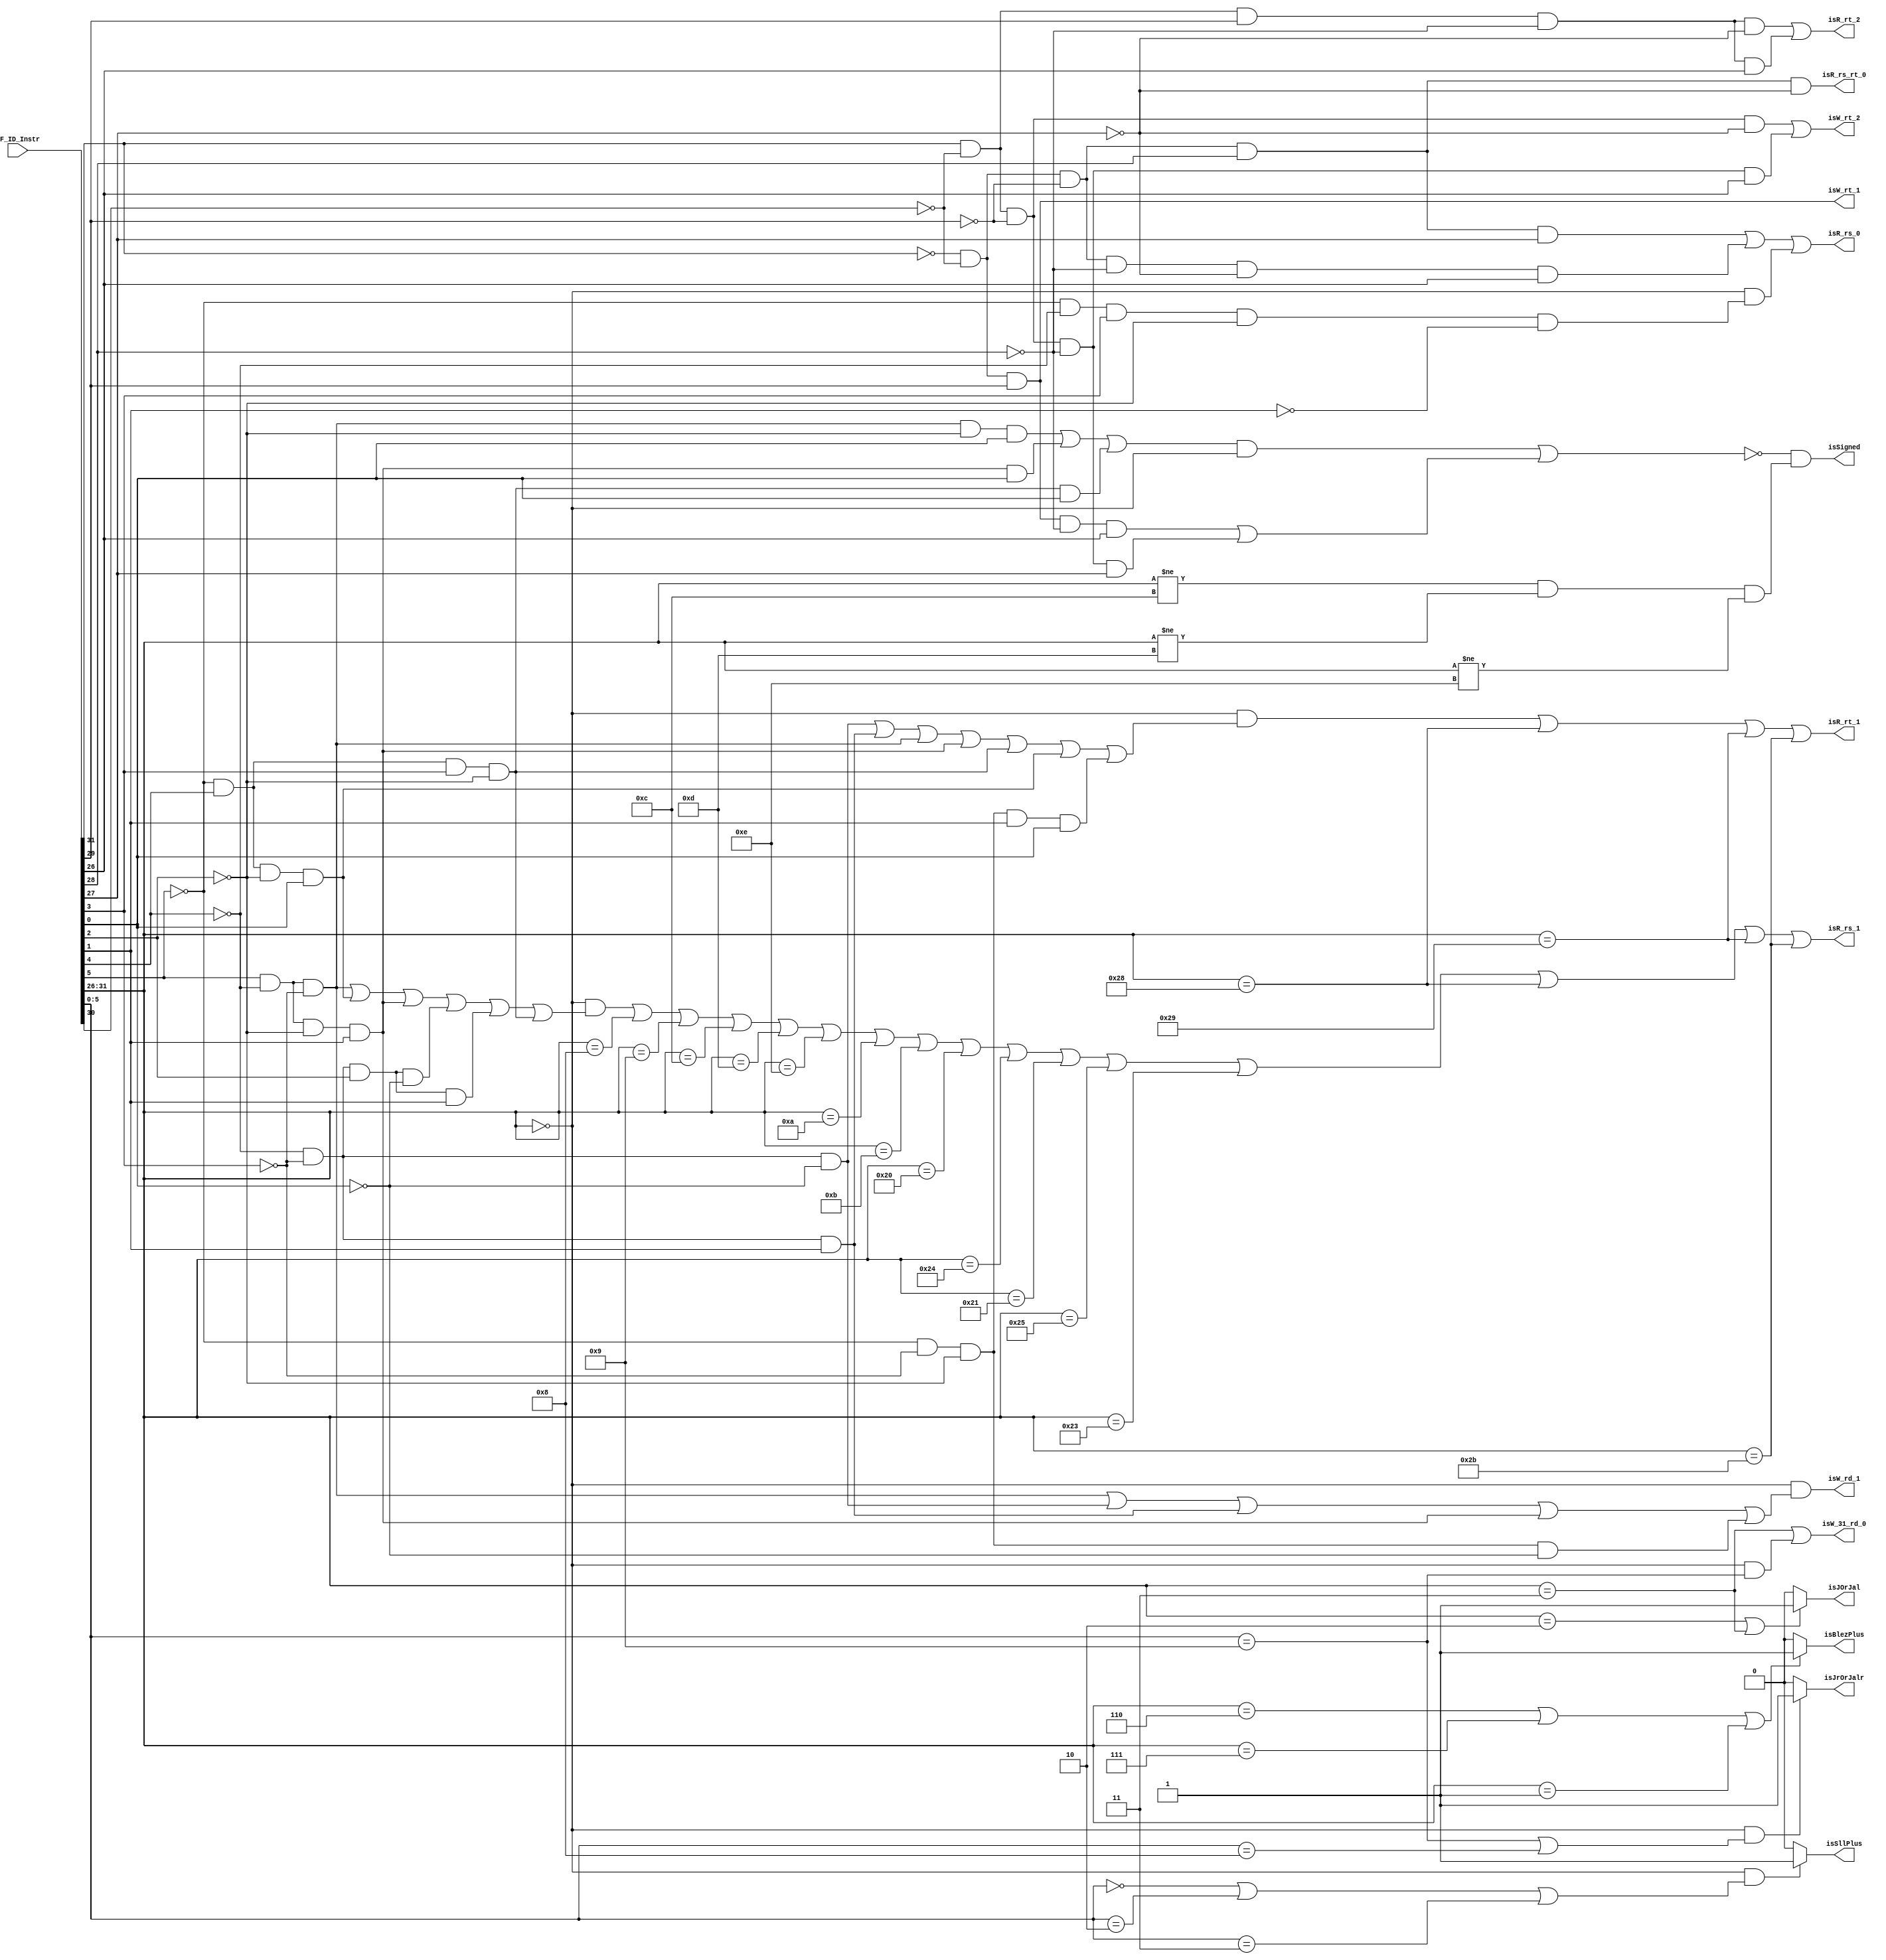
module ID_Control(IF_ID_Instr,isJOrJal,isJrOrJalr,isBlezPlus,isSllPlus,isSigned,
                isW_rd_1,isW_rt_1,isW_rt_2,isW_31_rd_0,
                isR_rs_1,isR_rt_1,isR_rt_2,isR_rs_rt_0,isR_rs_0);
  
  input[31:0] IF_ID_Instr;
  output isJOrJal;
  output isJrOrJalr;
  output isBlezPlus;
  output isSllPlus;
  output isSigned;
  
  output isW_rd_1;
  output isW_rt_1;
  output isW_rt_2;
  output isW_31_rd_0;
  
  output isR_rs_1;
  output isR_rt_1;
  output isR_rt_2;
  output isR_rs_rt_0;
  output isR_rs_0;
  
  wire[5:0] op;
  wire[5:0] f;
  
  wire isR_rs_1_;
  
  assign op=IF_ID_Instr[31:26];
  assign f=IF_ID_Instr[5:0];
  
  
  assign isJOrJal=(IF_ID_Instr[31:26]==6'b000010||IF_ID_Instr[31:26]==6'b000011)?1:0;
  
  assign isJrOrJalr=((IF_ID_Instr[31:26]==0)&&
  (IF_ID_Instr[5:0]==6'b001001||IF_ID_Instr[5:0]==6'b001000))?1:0;
  


  assign isBlezPlus=(IF_ID_Instr[31:26]==6'b000110||
        IF_ID_Instr[31:26]==6'b000111||IF_ID_Instr[31:26]==6'b000001)?1:0;
        
  assign isSllPlus=((IF_ID_Instr[31:26]==0)&&
  (IF_ID_Instr[5:0]==6'b000000||IF_ID_Instr[5:0]==6'b000010||IF_ID_Instr[5:0]==6'b000011))?1:0;

  assign isSigned=!((((f[5]&!f[4]&!f[3]&!f[2]&f[0])|
  (f[5]&!f[4]&!f[2]&f[1]&f[0])|
  (!f[5]&f[4]&f[3]&!f[2]&f[0]))
  &(IF_ID_Instr[31:26]==0))|
((!op[5]&!op[4]&op[3]&!op[2]&op[0])|
(op[5]&!op[4]&!op[3]&!op[2]&op[1])))&((op!=6'b001100)
&(op!=6'b001101)
&(op!=6'b001110));


   
  assign isW_rd_1=!op&(
            (f[5]&!f[4]&!f[3])|
            (!f[4]&!f[3]&!f[0])|
            (!f[4]&!f[3]&f[1])|
            (f[5]&!f[4]&!f[2]&f[1])|
            (!f[5]&!f[3]&!f[2]&!f[0])
            );//
            
            
            
  assign isW_rt_1=!op[5]&!op[4]&op[3];
  assign isW_rt_2=(op[5]&!op[4]&!op[3]&!op[1])|
                  (op[5]&!op[4]&!op[3]&!op[2]&op[0]);
  assign isW_31_rd_0=(op==3)|((op==0)&(f==9));
  
  //
  
    assign isR_rs_1=((!op)&
                     ((f[5]&!f[4]&!f[3])|
                      (!f[5]&f[4]&!f[2]&f[0])|
                      (f[5]&!f[4]&!f[2]&f[1])|
                      (!f[4]&!f[3]&f[2]&!f[0])|
                      (!f[4]&!f[3]&f[2]&f[1])|
                      (!f[5]&f[4]&f[3]&!f[2])))|
                      (op==8)|(op==9)|(op==12)|
                      (op==13)|(op==14)|(op==10)|
                      (op==11)|(op==32)|(op==36)|
                      (op==33)|(op==37)|(op==35)|
                      (op==40)|(op==41)|(op==43);              
                      
    assign isR_rs_1_=(!op[5]&!op[4]&op[3]&!op[1])|
                     (!op[5]&!op[4]&op[3]&!op[2])|
                     (!op[5]&!op[4]&op[3]&!op[0])|
                     (op[5]&!op[4]&!op[3]&!op[1])|
                     (op[5]&!op[4]&!op[3]&!op[2]&op[0]);            
    //assign isR_rt_1=((!op)&((!f[5]&!f[4]&!f[3]&!f[2]&!f[0])|
      //                     (!f[5]&!f[4]&!f[3]&!f[2]&f[1])))|(isR_rs_1&!isR_rs_1_);
    assign isR_rt_1=(!op)&((!f[4]&!f[3]&!f[0])|
                           (!f[4]&!f[3]&f[1])|
                           (f[5]&!f[4]&!f[3])|
                           (f[5]&!f[4]&!f[2]&f[1])|
                           (!f[5]&f[4]&f[3]&!f[2])|
                           (!f[5]&f[4]&!f[2]&f[0])|
                           (!f[5]&!f[3]&!f[2]&f[1]&f[0]))
                           |(op==40)|(op==41)|(op==43);
                           //
                           
    assign isR_rt_2=(op[5]&!op[4]&op[3]&!op[2]&!op[1])|
                    (op[5]&!op[4]&op[3]&!op[2]&op[0]);
    assign isR_rs_rt_0=!op[5]&!op[4]&!op[3]&op[2]&!op[1];
    
    assign isR_rs_0=((!op[5]&!op[4]&!op[3]&op[2]&op[1])|
                    (!op[5]&!op[4]&!op[3]&!op[2]&!op[1]&op[0]))
                   |(!op&(!f[5]&!f[4]&f[3]&!f[2]&!f[1]));
endmodule